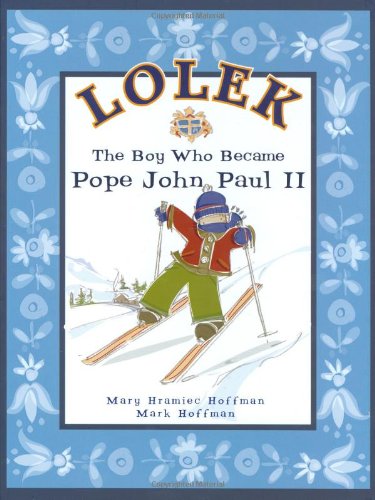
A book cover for Lolek - The Boy Who Became Pope John Paul II; Mary Hramiec Hoffman; Children's Books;